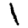
Digit: 1